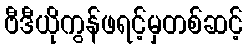
ဗီဒီယိုကွန်ဖရင့်မှတစ်ဆင့်